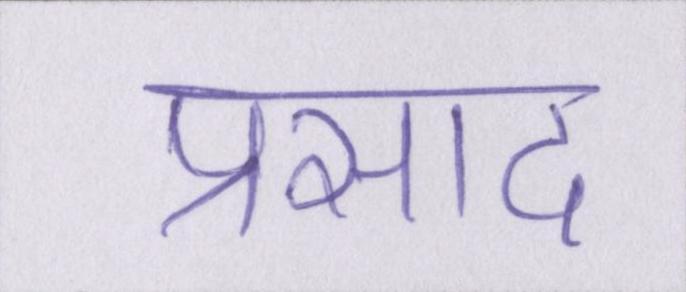
प्रसाद